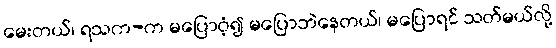
မေးတယ်၊ ရသက-က မပြောဝံ့၍ မပြောဘဲနေတယ်၊ မပြောရင် သတ်မယ်လို့